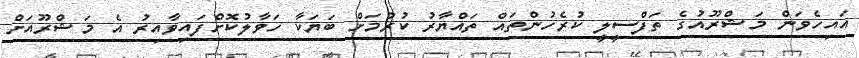
އައިހެވަން މަޝްރޫއުގެ ތަފްސީލީ ކުރެހުންތައް ތައްޔާރު ކުރުމަށް ބަޔަކާ ހަވާލުކޮށްފައިވާއިރު އެ މަޝްރޫއަށް